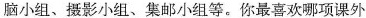
脑小组、摄影小组、集邮小组等。你最喜欢哪项课外